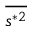
\overline { { s ^ { * 2 } } }